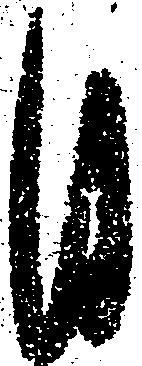
自